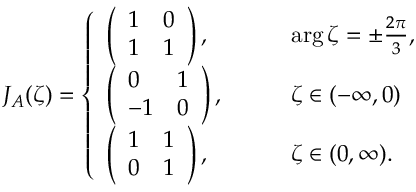
J _ { A } ( \zeta ) = \left\{ \begin{array} { l l } { \left( \begin{array} { l l } { 1 } & { 0 } \\ { 1 } & { 1 } \end{array} \right) , \qquad } & { \arg \zeta = \pm \frac { 2 \pi } { 3 } , } \\ { \left( \begin{array} { l l } { 0 } & { 1 } \\ { - 1 } & { 0 } \end{array} \right) , \qquad } & { \zeta \in ( - \infty , 0 ) } \\ { \left( \begin{array} { l l } { 1 } & { 1 } \\ { 0 } & { 1 } \end{array} \right) , \qquad } & { \zeta \in ( 0 , \infty ) . } \end{array} \right.